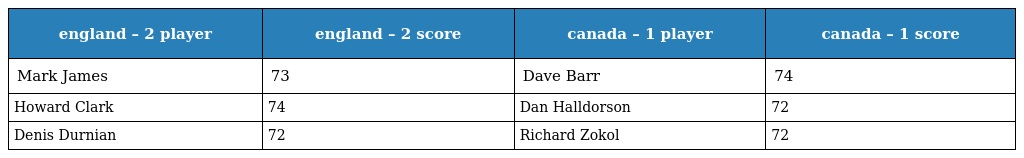
| england – 2 player | england – 2 score | canada – 1 player | canada – 1 score |
 | --- | --- | --- | --- |
 | Mark James | 73 | Dave Barr | 74 |
 | Howard Clark | 74 | Dan Halldorson | 72 |
 | Denis Durnian | 72 | Richard Zokol | 72 |